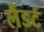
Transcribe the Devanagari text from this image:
लैंडर्ट